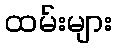
ထမ်းများ